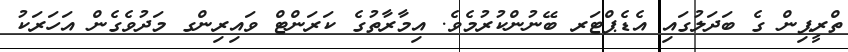
ތްރީޕިން ގެ ބަދަލުގައި އެޑެޕްޓަރ ބޭނުންކުރުމެވެ. އިމާރާތުގެ ކަރަންޓް ވައިރިންގ މަދުވެގެން އަހަރަކު